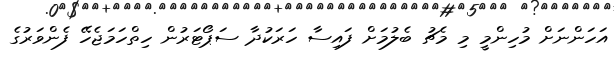
އަހަންނަށް މުހިންމީ މި މެޗު ބެލުމަށް ފައިސާ ހަރަކުދާ ސަޕޯޓަރުން ހިތްހަމަޖެހޭ ފެންވަރުގެ